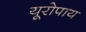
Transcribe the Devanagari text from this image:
यूरोपाय